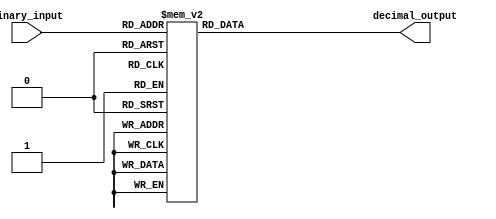
module decimal_decoder (
    input [2:0] binary_input,
    output reg [3:0] decimal_output
);

always @(*) begin
    case (binary_input)
        3'b000: decimal_output = 4'b0001;
        3'b001: decimal_output = 4'b0010;
        3'b010: decimal_output = 4'b0011;
        3'b011: decimal_output = 4'b0100;
        3'b100: decimal_output = 4'b0101;
        3'b101: decimal_output = 4'b0110;
        3'b110: decimal_output = 4'b0111;
        3'b111: decimal_output = 4'b1000;
        default: decimal_output = 4'bxxxx;
    endcase
end

endmodule